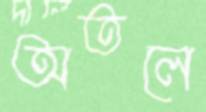
অতলে